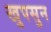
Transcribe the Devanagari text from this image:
खुपसुन